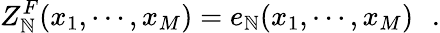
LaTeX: Z_{\mathbb{N}}^{F}(x_{1},\cdots,x_{M})=e_{\mathbb{N}}(x_{1},\cdots,x_{M})\, \, \, \, .